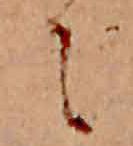
に